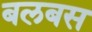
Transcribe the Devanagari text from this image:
बलबस